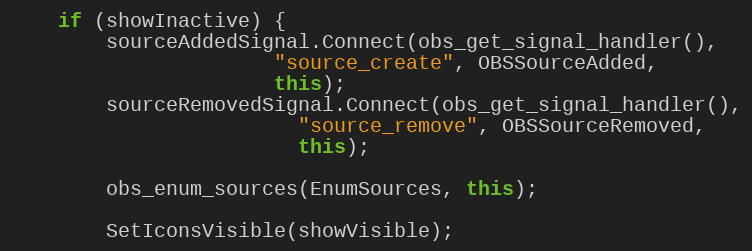
Language: C++
	if (showInactive) {
		sourceAddedSignal.Connect(obs_get_signal_handler(),
					  "source_create", OBSSourceAdded,
					  this);
		sourceRemovedSignal.Connect(obs_get_signal_handler(),
					    "source_remove", OBSSourceRemoved,
					    this);

		obs_enum_sources(EnumSources, this);

		SetIconsVisible(showVisible);